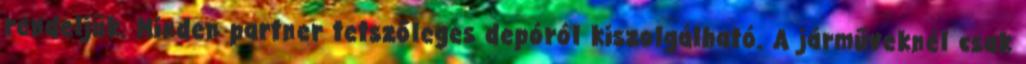
rendeljük. Minden partner tetszőleges depóról kiszolgálható. A járműveknél csak